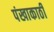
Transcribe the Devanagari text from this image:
पंखाकाठी